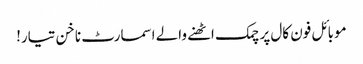
موبائل فون کال پر چمک اٹھنے والے اسمارٹ ناخن تیار!